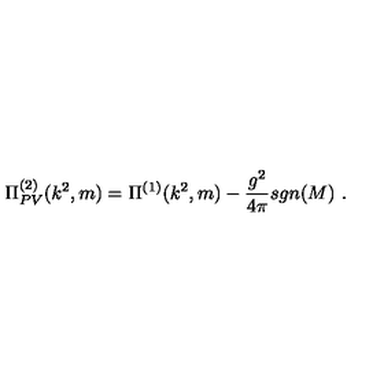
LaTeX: \Pi _ { P V } ^ { ( 2 ) } ( k ^ { 2 } , m ) = \Pi ^ { ( 1 ) } ( k ^ { 2 } , m ) - \frac { g ^ { 2 } } { 4 \pi } s g n ( M ) \ .